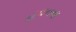
હવનના